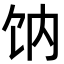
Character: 𩟿